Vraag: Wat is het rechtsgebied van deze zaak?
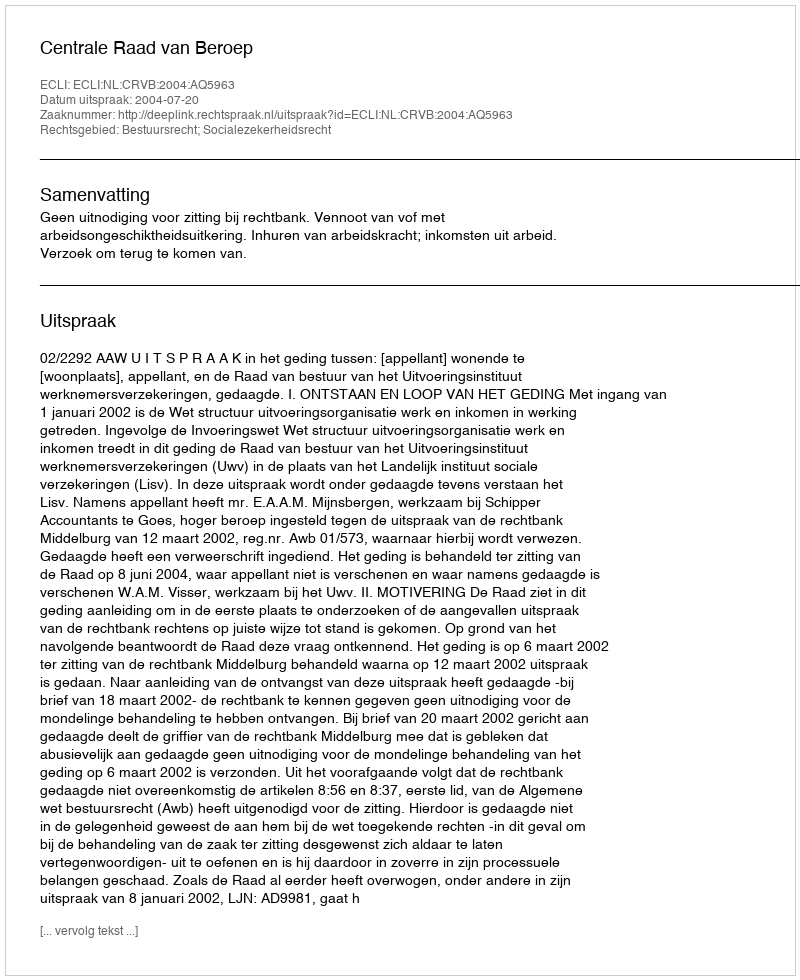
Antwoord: Bestuursrecht; Socialezekerheidsrecht